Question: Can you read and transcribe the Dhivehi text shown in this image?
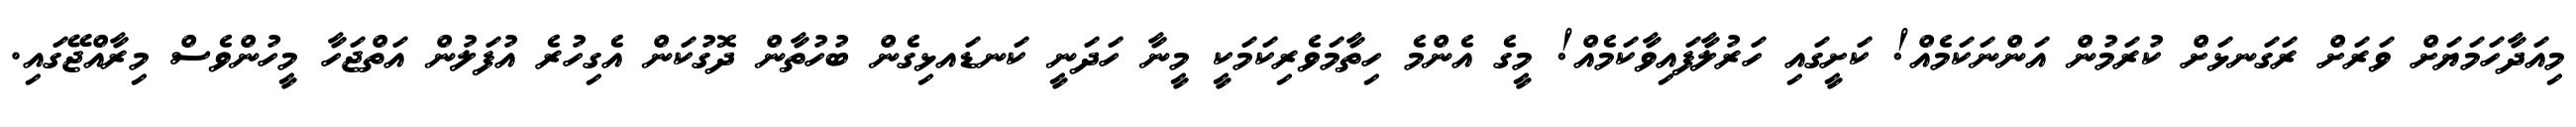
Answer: މިއަދާހަމަޔަށް ވަރަށް ރަގަނޅަށް ކުރަމުން އަންނަކަމެއް! ކަށީގައި ހަރުލާފައިވާކަމެއް! މީގެ އެންމެ ހިތާމަވެރިކަމަކީ މީނާ ހަދަނީ ކަނޑައޅިގެން ބުހުތާން ދޮގުކަން އެގިހުރެ އުފަލުން އަތްޖަހާ މީހުންވެސް މިރާއްޖޭގައި.